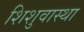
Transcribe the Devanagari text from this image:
शिशुवास्था